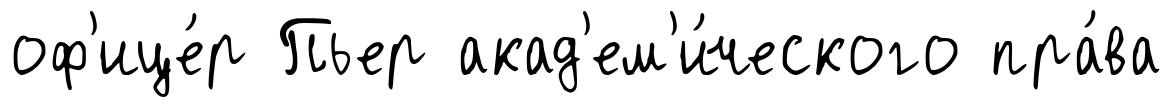
оф'ице́р Пьер акад'ем'и́ческого пра́ва